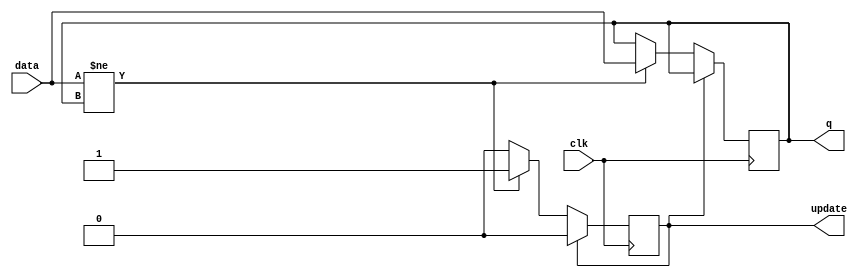
`timescale 1ns / 1ps
//////////////////////////////////////////////////////////////////
//    IonControl 1.0:  Copyright 2016 Sandia Corporation              
//    This Software is released under the GPL license detailed    
//    in the file "license.txt" in the top-level pyGSTi directory 
//////////////////////////////////////////////////////////////////

module detect_change(
	input wire clk,
	input wire [47:0] data,
	output reg [47:0] q = 0,
	output reg update = 0
    );
	 
	 
always @(posedge clk) begin
	if (update)
		update <= 1'b0;
	else
		if (data[47:0] != q[47:0]) begin
			q <= data;
			update <= 1'b1;
		end
end


endmodule